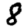
Digit: 8